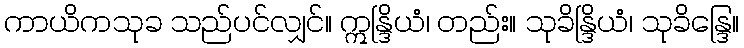
ကာယိကသုခ သည်ပင်လျှင်။ ဣန္ဒြိယံ၊ တည်း။ သုခိန္ဒြိယံ၊ သုခိန္ဒြေ။